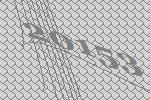
20153